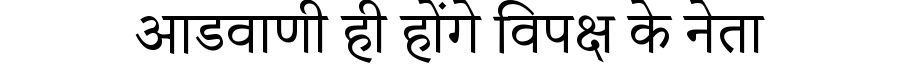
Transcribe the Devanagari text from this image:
आडवाणी ही होंगे विपक्ष के नेता